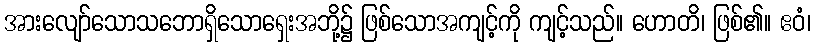
အားလျော်သောသဘောရှိသောရှေးအဘို့၌ ဖြစ်သောအကျင့်ကို ကျင့်သည်။ ဟောတိ၊ ဖြစ်၏။ ဧဝံ၊